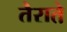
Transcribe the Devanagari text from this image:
तैराते